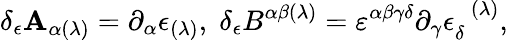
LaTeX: \delta_{\epsilon}\mathbf{A}_{\alpha(\lambda)}=\partial_{\alpha}\epsilon_{(\lambda)},\; \delta_{\epsilon}B^{\alpha\beta(\lambda)}=\varepsilon^{\alpha\beta\gamma\delta}\partial_{\gamma}\epsilon_{\delta}^{\; \; (\lambda)},